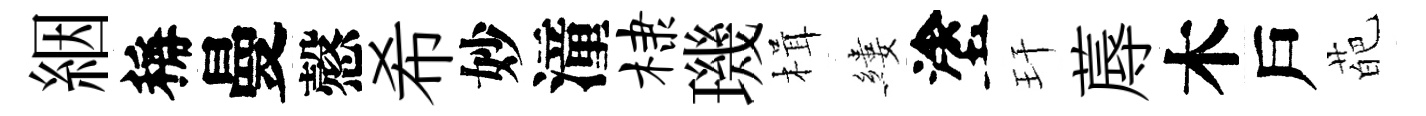
絪稱曼慤希妙潼棣璣楫縷塗玕蓐木戶葩